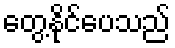
တွေ့နိုင်ပေသည်